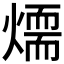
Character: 𤏙